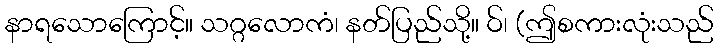
နာရသောကြောင့်။ သဂ္ဂလောကံ၊ နတ်ပြည်သို့။ ဝ်၊ (ဤစကားလုံးသည်